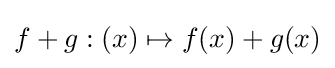
f+g:(x)\mapsto f(x)+g(x)